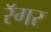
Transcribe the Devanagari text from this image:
रॅगर